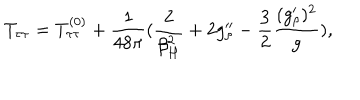
LaTeX: T _ { \tau \tau } = T _ { \tau \tau } ^ { ( 0 ) } + { \frac { 1 } { 4 8 \pi } } ( { \frac { 2 } { \beta _ { H } ^ { 2 } } } + 2 g _ { \rho } ^ { \prime \prime } - { \frac { 3 } { 2 } } { \frac { ( g _ { \rho } ^ { \prime } ) ^ { 2 } } { g } } ) ,